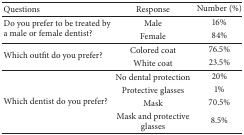
<table><thead><tr><td><b>Questions</b></td><td><b>Response</b></td><td><b>Number (%)</b></td></tr></thead><tbody><tr><td rowspan="2">Do you prefer to be treated by a male or female dentist?</td><td>Male</td><td>16%</td></tr><tr><td>Female</td><td>84%</td></tr><tr><td rowspan="2">Which outfit do you prefer?</td><td>Colored coat</td><td>76.5%</td></tr><tr><td>White coat</td><td>23.5%</td></tr><tr><td rowspan="4">Which dentist do you prefer?</td><td>No dental protection</td><td>20%</td></tr><tr><td>Protective glasses</td><td>1%</td></tr><tr><td>Mask</td><td>70.5%</td></tr><tr><td>Mask and protective glasses</td><td>8.5%</td></tr></tbody></table>